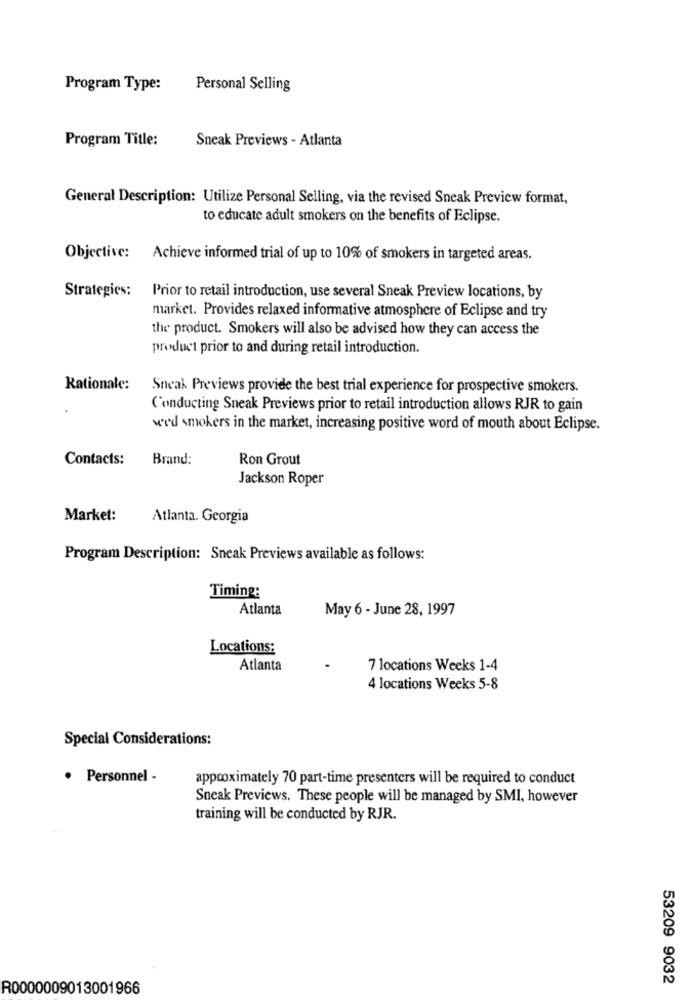
Program Type:
Personal Selling
Program Title:
Sneak Previews - Atlanta
General Description: Utilize Personal Selling, via the revised Sneak Preview format,
to educate adult smokers on the benefits of Eclipse.
Objective: Achieve informed trial of up to 10% of smokers in targeted areas.
Strategies:
Prior to retail introduction, use several Sneak Preview locations, by
market. Provides relaxed informative atmosphere of Eclipse and try
the product. Smokers will also be advised how they can access the
product prior to and during retail introduction.
Rationale:
Sneak Previews provide the best trial experience for prospective smokers.
Conducting Sneak Previews prior to retail introduction allows RJR to gain
we'd smokers in the market, increasing positive word of mouth about Eclipse.
Contacts:
Brand:
Ron Grout
Jackson Roper
Market:
Atlanta. Georgia
Program Description: Sneak Previews available as follows:
Timing:
Atlanta
May 6 - June 28, 1997
Locations:
Atlanta
7 locations Weeks 1-4
4 locations Weeks 5-8
Special Considerations:
· Personnel -
approximately 70 part-time presenters will be required to conduct
Sneak Previews. These people will be managed by SMI, however
training will be conducted by RJR.
53209 9032
R0000009013001966